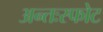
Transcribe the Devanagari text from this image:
अन्तःस्फोट